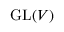
{ \mathrm { G L } } ( V )